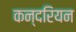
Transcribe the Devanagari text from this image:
कन्दरियन